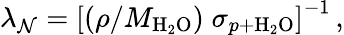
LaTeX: \lambda_{\mathcal{N}}=\left[\left(\rho/M_{\mathrm{{H}}_{2}\mathrm{{O}}}\right)\; \sigma_{p+\mathrm{{H}}_{2}\mathrm{{O}}}\right]^{-1}\, ,